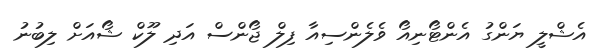
އެޝްލީ ޔަންގު އެންޓޯނިއޯ ވެލެންސިއާ ފިލް ޖޯންސް އަދި ލޫކް ޝޯއަށް ލިބުނު